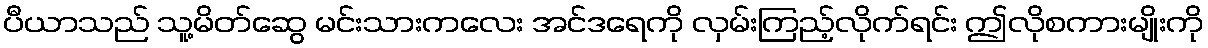
ပီယာသည် သူ့မိတ်ဆွေ မင်းသားကလေး အင်ဒရေကို လှမ်းကြည့်လိုက်ရင်း ဤလိုစကားမျိုးကို